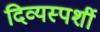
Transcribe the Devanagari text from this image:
दिव्यस्पर्शी